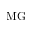
\mathrm { M G }